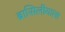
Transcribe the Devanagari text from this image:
ब्रासिलीयाला